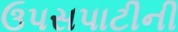
ઉપસપાટીની